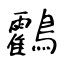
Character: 鸖